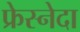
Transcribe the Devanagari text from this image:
फ्रेस्नेदा